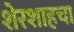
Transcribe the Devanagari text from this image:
शेरशाहचा